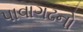
પાવાગઢનો